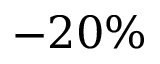
- 2 0 \%